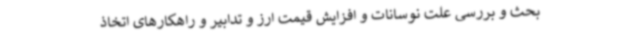
بحث و بررسی علت نوسانات و افزایش قیمت ارز و تدابیر و راهکارهای اتخاذ